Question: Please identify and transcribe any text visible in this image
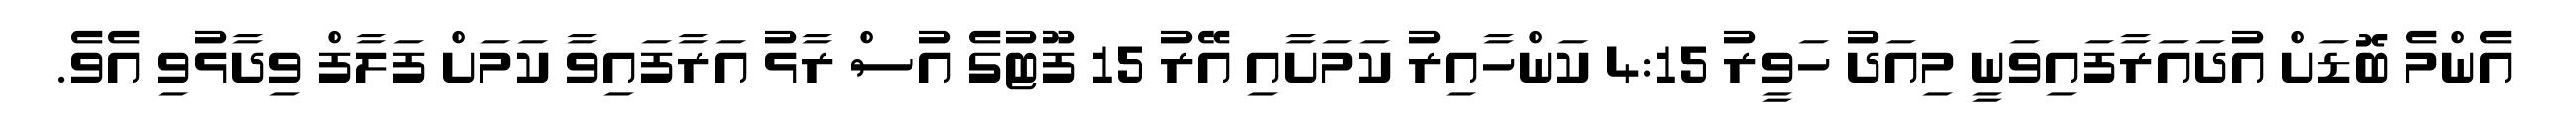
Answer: އެންމެ ބޮޑަށް އުދައަރާފައިވަނީ މިއަދު ހަވީރު 4:15 ކަންހާއިރު ކަމަށާއި އޭރު 15 ފޫޓުގެ އުސް ރާޅު އަރާފައިވާ ކަމަށް ފަލާފް ވިދާޅުވި އެވެ.